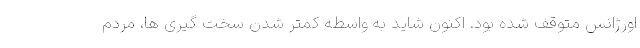
اورژانس متوقف شده بود. اکنون شاید به واسطه کمتر شدن سخت گیری ها، مردم